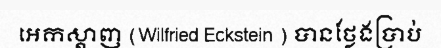
អេកស្តាញ (Wilfried Eckstein ) បានថ្លែងប្រាប់